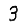
Digit: 3